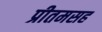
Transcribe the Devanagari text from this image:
प्रीतमसह